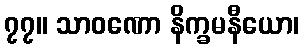
၇၇။ သာဝဏော နိက္ခမနီယော၊